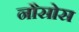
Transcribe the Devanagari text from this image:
नौसोस